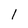
Character: l